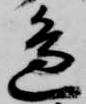
辺